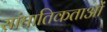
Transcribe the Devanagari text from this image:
सांघातिकताओं